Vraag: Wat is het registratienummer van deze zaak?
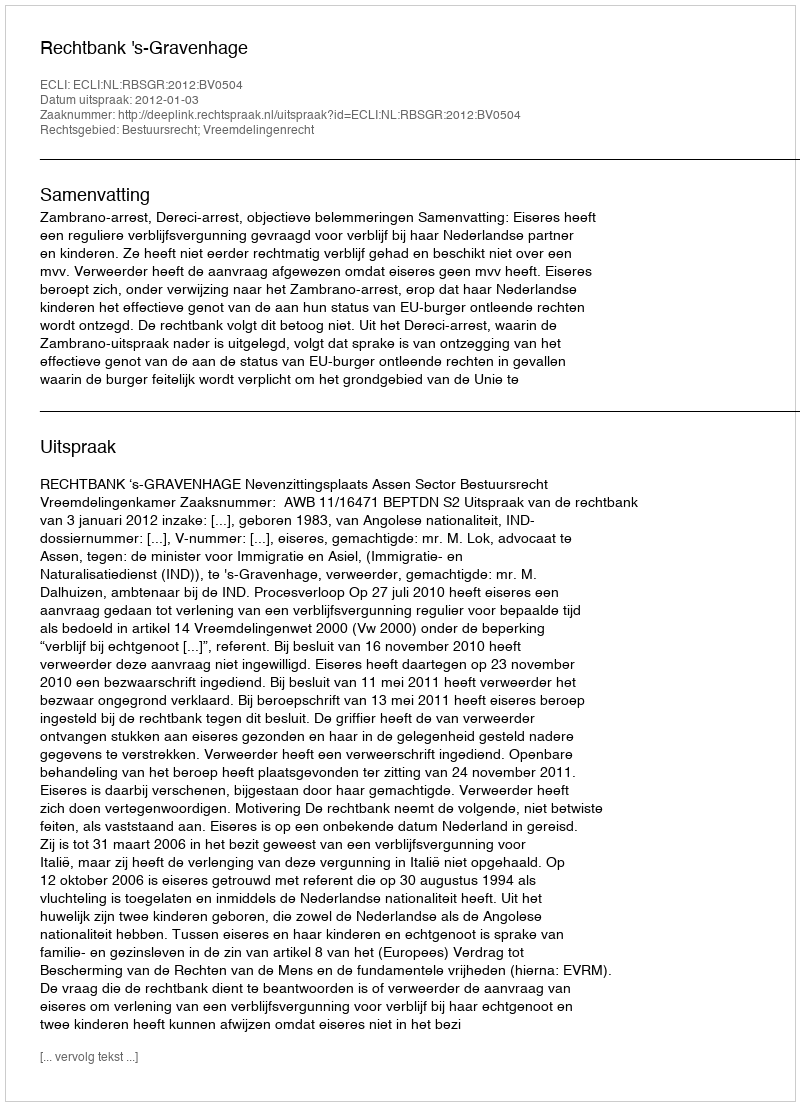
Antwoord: http://deeplink.rechtspraak.nl/uitspraak?id=ECLI:NL:RBSGR:2012:BV0504